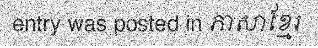
entry was posted in ភាសាខ្មែរ